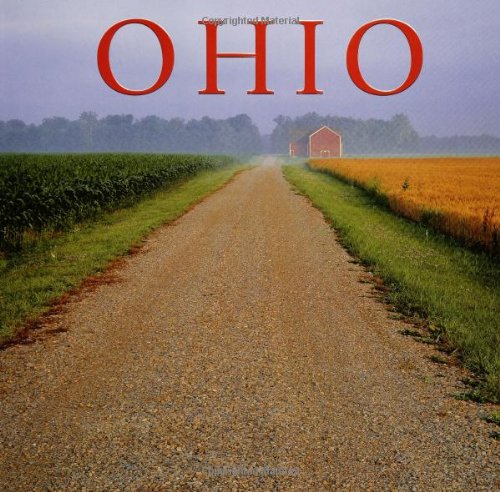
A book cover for Ohio (America); Tanya Lloyd Kyi; Travel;